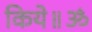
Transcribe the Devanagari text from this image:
किये॥ॐ